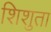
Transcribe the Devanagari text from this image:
शिशुता